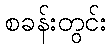
စခန်းတွင်း